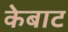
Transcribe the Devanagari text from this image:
केबाट